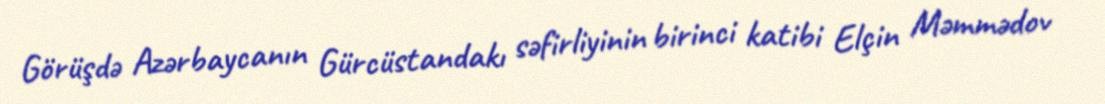
Görüşdə Azərbaycanın Gürcüstandakı səfirliyinin birinci katibi Elçin Məmmədov